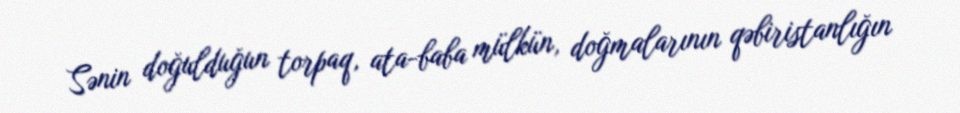
Sənin doğulduğun torpaq, ata-baba mülkün, doğmalarının qəbiristanlığın